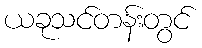
ယခုသင်တန်းတွင်